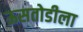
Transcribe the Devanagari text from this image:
ऊसतोडीला